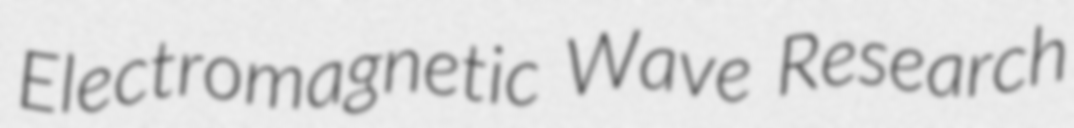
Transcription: Electromagnetic Wave Research